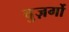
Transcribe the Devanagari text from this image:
बुज़र्गो